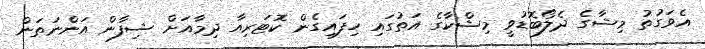
އެވަގުތު މިޝާގެ ދެލޯބޮޑުވީ މިޝްކާގެ އަތުގައި ހިފައިގެން ކޮޓަރިއާ ދިމާއަށް ޝިފާން އަންނަތަން